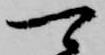
可